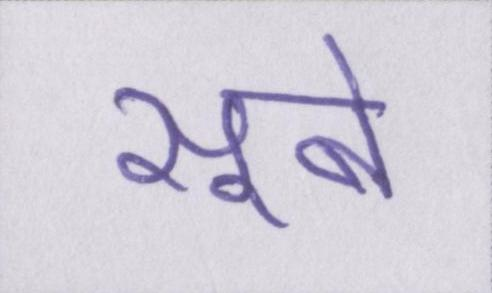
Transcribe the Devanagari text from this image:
सूबे